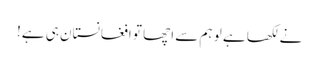
نے لکھا ہے لو ہم سے اچھا تو افغانستان ہی ہے!